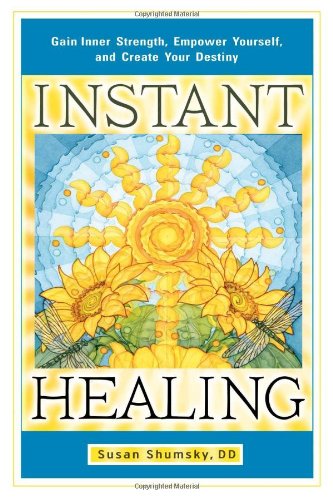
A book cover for Instant Healing: Gain Inner Strength, Empower Yourself, and Create Your Destiny; Susan Shumsky; Self-Help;